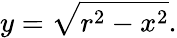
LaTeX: y={\sqrt{r^{2}-x^{2}}}.